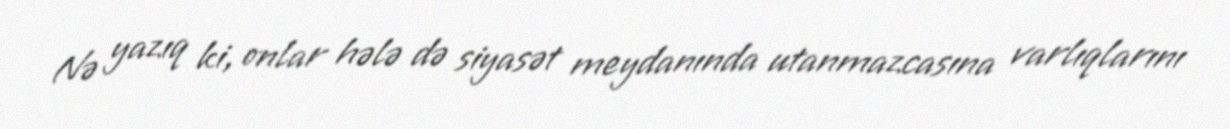
Nə yazıq ki, onlar hələ də siyasət meydanında utanmazcasına varlıqlarını